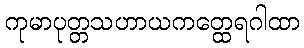
ကုမာပုတ္တသဟာယကတ္ထေရဂါထာ